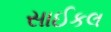
સાઈકલ